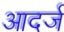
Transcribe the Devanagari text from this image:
आदर्ज